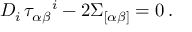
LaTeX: D _ { i } \, \tau _ { \alpha \beta } { } ^ { i } - 2 \Sigma _ { [ \alpha \beta ] } = 0 \, .